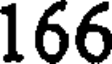
166